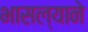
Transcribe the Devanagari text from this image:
भासल्याने